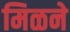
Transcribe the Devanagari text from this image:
मिळने